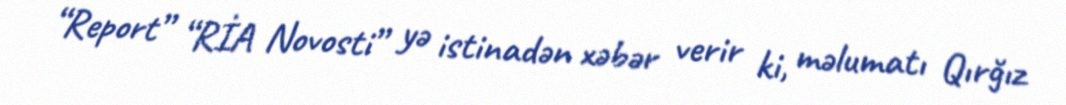
“Report” “RİA Novosti” yə istinadən xəbər verir ki, məlumatı Qırğız